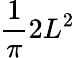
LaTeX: {\frac{1}{\pi}}2L^{2}